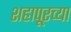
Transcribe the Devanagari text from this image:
शहापूरच्या